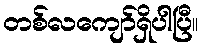
တစ်လကျော်ရှိပါပြီ။